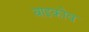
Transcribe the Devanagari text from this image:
बाइकोव